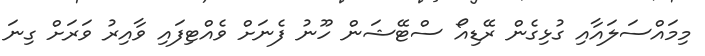
މިމައްސަލައާއި ގުޅިގެން ރޭޑިއޯ ސްޓޭޝަން ހޫނު ފެނަށް ވެއްޓިފައި ވާއިރު ވަރަށް ގިނަ